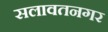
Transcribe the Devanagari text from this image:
सलावतनगर